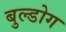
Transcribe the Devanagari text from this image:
बुल्डोग